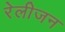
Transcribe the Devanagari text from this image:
रेलीजन